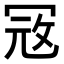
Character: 𭁵